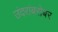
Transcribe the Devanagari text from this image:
उंदरांबरोबर